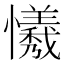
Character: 𢤻